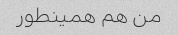
من هم همینطور